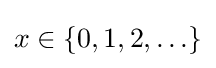
x\in \{0,1,2,\ldots \}